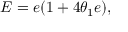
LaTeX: E = e ( 1 + 4 \theta _ { 1 } e ) , \quad